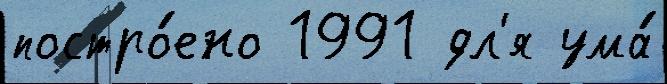
постро́ено 1991 дл'я ума́